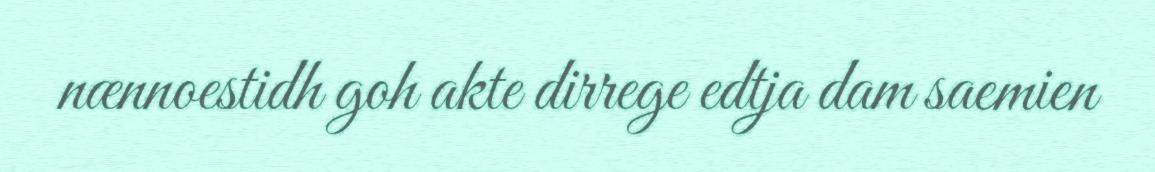
nænnoestidh goh akte dirrege edtja dam saemien